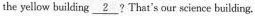
the yellow building \underline{2} ? That's our science building.